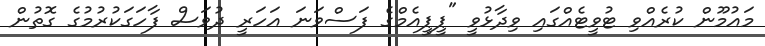
މައުމޫން ކުރެއްވި ޓުވީޓެއްގައި ވިދާޅުވީ "ޕީޕީއެމްގެ ފަސްވަނަ އަހަރީ ދުވަސް ފާހަގަކުރުމުގެ ގޮތުން